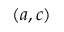
( a , c )